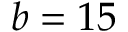
b = 1 5